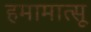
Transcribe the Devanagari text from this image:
हमामात्सू